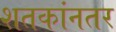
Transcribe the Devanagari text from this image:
शतकांनतर